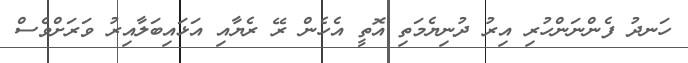
ހަނދު ފެންނަންހުރި އިރު ދުނިޔެމަތި އޮތީ އެހެން ރޭ ރެޔާއި އަޅައިބަލާއިރު ވަރަށްވެސް